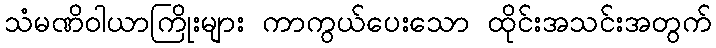
သံမဏိဝါယာကြိုးများ ကာကွယ်ပေးသော ထိုင်းအသင်းအတွက်